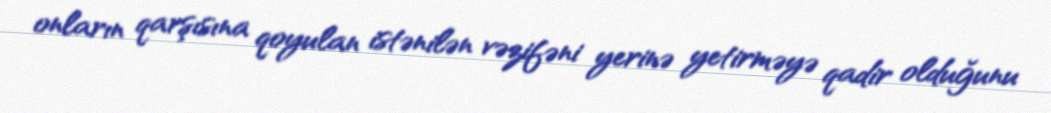
onların qarşısına qoyulan istənilən vəzifəni yerinə yetirməyə qadir olduğunu